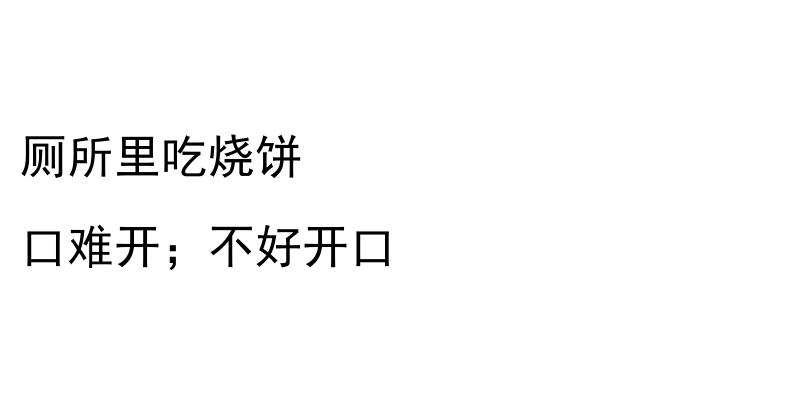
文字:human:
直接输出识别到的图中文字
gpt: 厕所里吃烧饼 口难开；不好开口